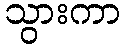
သွားကာ